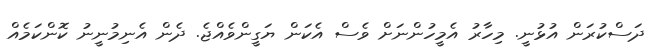
ދަސްކުރަން އުޅުނީ. މިހާރު އެމީހުންނަށް ވެސް އެކަން ޔަގީންވެއްޖެ. ދެން އެނިމުނީނު ކޮންކަމެއް